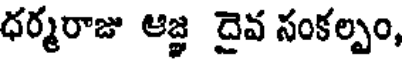
ధర్మరాజు ఆజ్ఞ దైవ సంకల్పం,